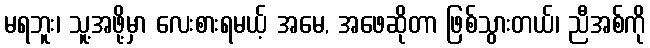
မရဘူး၊ သူ့အဖို့မှာ လေးစားရမယ့် အမေ, အဖေဆိုတာ ဖြစ်သွားတယ်၊ ညီအစ်ကို